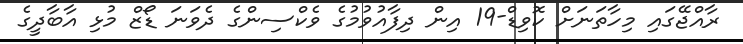
ރާއްޖޭގައި މިހާތަނަށް ކޮވިޑް-19 އިން ދިފާއުވުމުގެ ވެކްސިންގެ ދެވަނަ ޑޯޒް މުޅި އާބާދީގެ